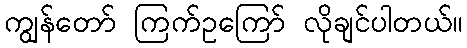
ကျွန်တော် ကြက်ဥကြော် လိုချင်ပါတယ်။